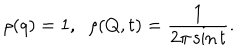
\rho ( q ) = 1 , \; \; \rho ( Q , t ) = { \frac { 1 } { 2 \pi \sin t } } .